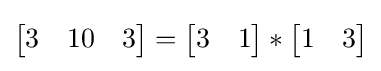
{\begin{bmatrix}3&10&3\end{bmatrix}}={\begin{bmatrix}3&1\end{bmatrix}}*{\begin{bmatrix}1&3\end{bmatrix}}